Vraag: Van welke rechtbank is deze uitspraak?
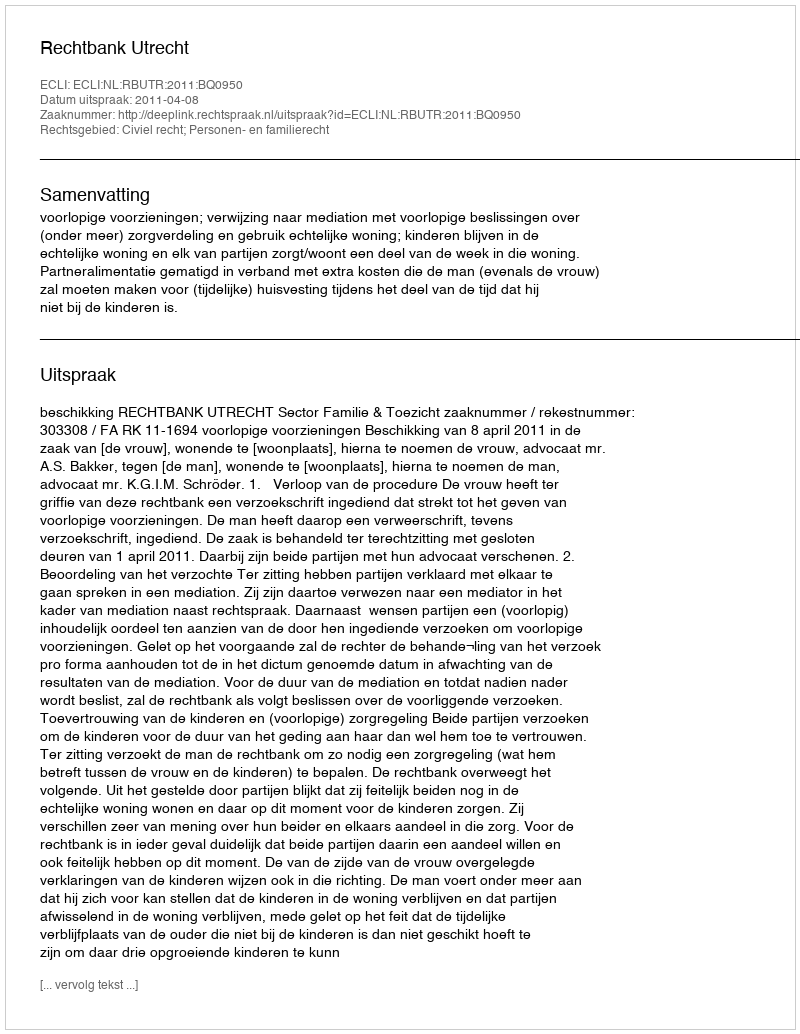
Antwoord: Rechtbank Utrecht